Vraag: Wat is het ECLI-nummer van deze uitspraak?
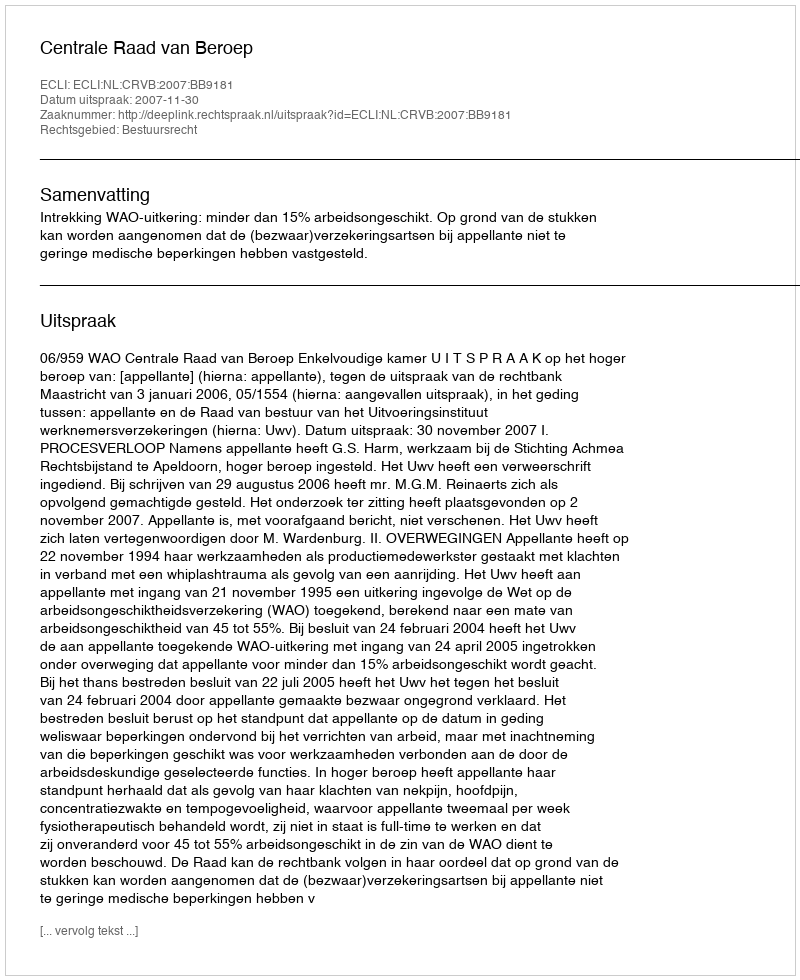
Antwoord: ECLI:NL:CRVB:2007:BB9181